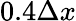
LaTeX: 0.4\Delta x